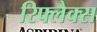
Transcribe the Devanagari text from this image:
रिफ्लैक्‍स